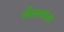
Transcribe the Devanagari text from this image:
नीलकांता